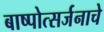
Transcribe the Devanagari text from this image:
बाष्पोत्सर्जनाचे